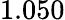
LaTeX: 1.050